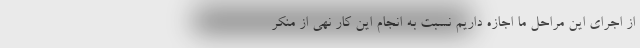
از اجرای این مراحل ما اجازه داریم نسبت به انجام این کار نهی از منکر